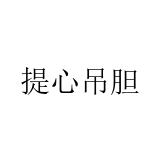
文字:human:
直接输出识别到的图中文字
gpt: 提心吊胆